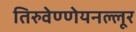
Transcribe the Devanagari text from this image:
तिरुवेण्णेयनल्लूर